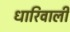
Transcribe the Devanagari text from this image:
धारिवाली